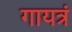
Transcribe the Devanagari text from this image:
गायत्रं